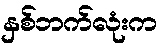
နှစ်ဘက်လုံးက